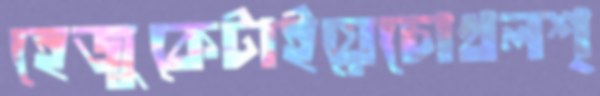
হেজুকেটাইয়েচোখলশ্